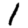
Digit: 1